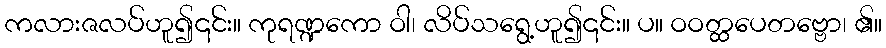
ကလားဇလပ်ဟူ၍၎င်း။ ကုရဏ္ဍကော ဝါ၊ လိပ်သရွေ့ဟူ၍၎င်း။ ပ။ ဝဝတ္ထပေတဗ္ဗော၊ ၏။